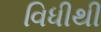
વિધીથી